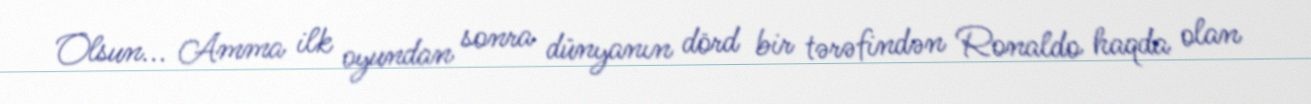
Olsun... Amma ilk oyundan sonra dünyanın dörd bir tərəfindən Ronaldo haqda olan